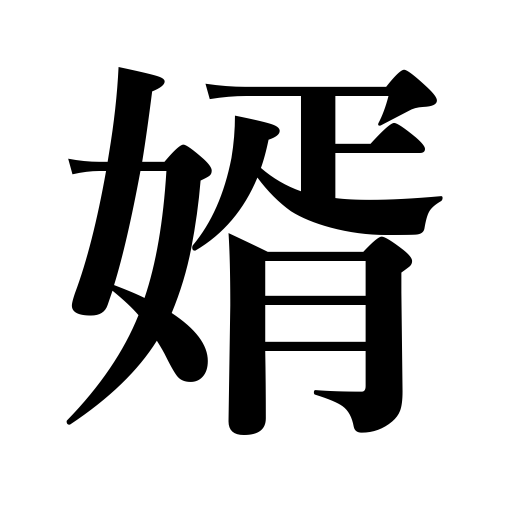
Meanings: son-in-law